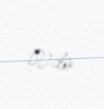
Vda.